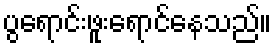
ပွရောင်းဖူးရောင်နေသည်။